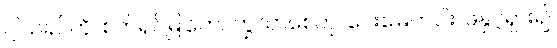
ငါ့သခင်ကို၊ စက်ရှင်မြုတေ၊ ကြွသာစေဟု၊ ဝေးမြေတပါး၊ ဖဲနှင့်ရှား၍၊